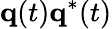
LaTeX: {\mathbf q}(t){\mathbf q}^{*}(t)